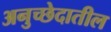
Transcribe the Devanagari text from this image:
अनुच्छेदातील